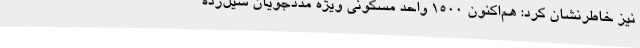
نیز خاطرنشان کرد: هم‌اکنون 1500 واحد مسکونی ویژه مددجویان سیل‌زده